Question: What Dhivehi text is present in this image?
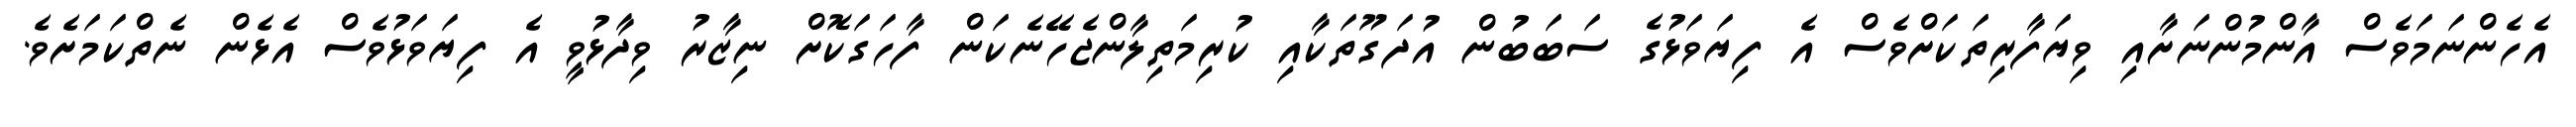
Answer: އެހެންނަމަވެސް އާންމުންނަށާއި ވިޔަފާރިތަކަށްވެސް އެ ފިޔަވަޅުގެ ސަބަބުން އުދަގޫތަކާއި ކުރިމަތިލާންޖެހޭނެކަން ފާހަގަކޮށް ނިޒާރު ވިދާޅުވީ އެ ފިޔަވަޅުވެސް އެޅެން ނެތްކަމަށެވެ.